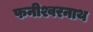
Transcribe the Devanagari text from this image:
फनीश्वरनाथ